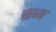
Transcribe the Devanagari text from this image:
सध्य